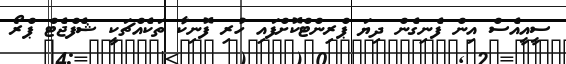
ސީއީއެސް އިން ފެނިގެން ދިޔަ ޕްރިންޓްކޮށްފައި ހުރި ފޮނިކާ ތަކެއްޗަކީ ޝެފްޖެޓް ޕްރޯ